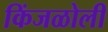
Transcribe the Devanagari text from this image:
किंजळोली